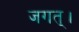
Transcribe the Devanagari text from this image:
जगत्‌।